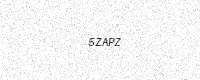
Text: 5ZAPZ